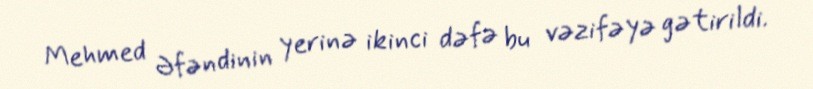
Mehmed Əfəndinin yerinə ikinci dəfə bu vəzifəyə gətirildi.